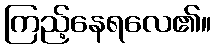
ကြည့်နေရလေ၏။